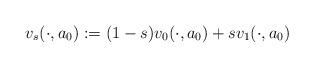
LaTeX: \begin{align*}v_{s}(\cdot, a_0) := (1-s) v_0(\cdot, a_0) + s v_1(\cdot, a_0) \end{align*}